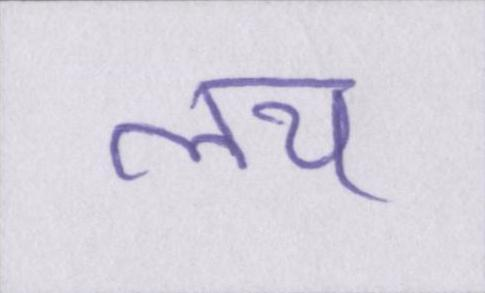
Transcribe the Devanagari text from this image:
लय